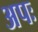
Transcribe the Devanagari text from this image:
अपः